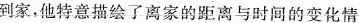
到家，他特意描绘了离家的距离与时间的变化情